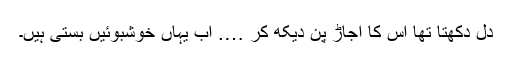
دل دکھتا تھا اس کا اجاڑ پن دیکھ کر …. اب یہاں خوشبوئیں بستی ہیں۔